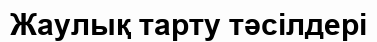
Жаулық тарту тәсілдері